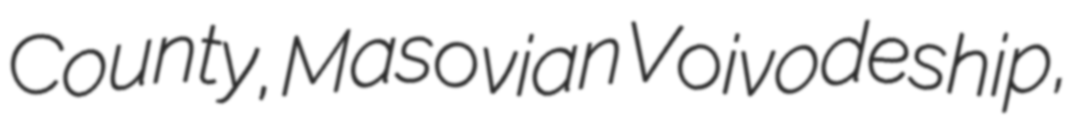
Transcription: County, Masovian Voivodeship,